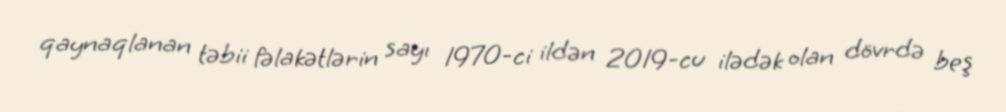
qaynaqlanan təbii fəlakətlərin sayı 1970-ci ildən 2019-cu ilədək olan dövrdə beş